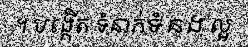
។ បង្កើត ទំនាក់ទំនង ល្អ